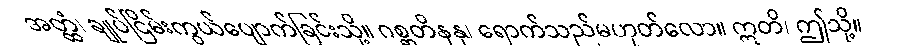
အတ္ထံ၊ ချုပ်ငြိမ်းကွယ်ပျောက်ခြင်းသို့။ ဂစ္ဆတိနနု၊ ရောက်သည်မဟုတ်လော။ ဣတိ၊ ဤသို့။